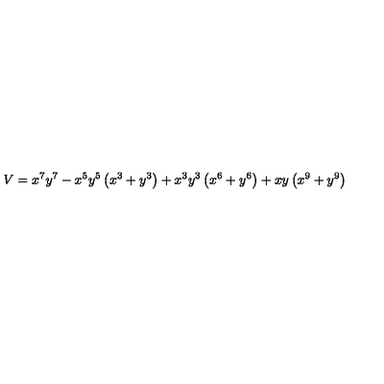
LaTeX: V = { x ^ { 7 } } { y ^ { 7 } } - { x ^ { 5 } } { y ^ { 5 } } \left( { x ^ { 3 } } + { y ^ { 3 } } \right) + { x ^ { 3 } } { y ^ { 3 } } \left( { x ^ { 6 } } + { y ^ { 6 } } \right) + x y \left( { x ^ { 9 } } + { y ^ { 9 } } \right) \,